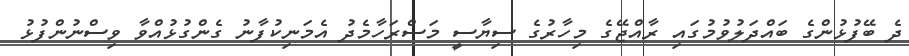
ދެ ބޭފުޅުންގެ ބައްދަލުވުމުގައި ރާއްޖޭގެ މިހާރުގެ ސިޔާސީ މަސްރަހާމެދު އެމަނިކުފާނު ގެންގުޅުއްވާ ވިސްނުންފުޅު